Sketch of the medical history of the native army of Bombay, for the year
Year: 1872
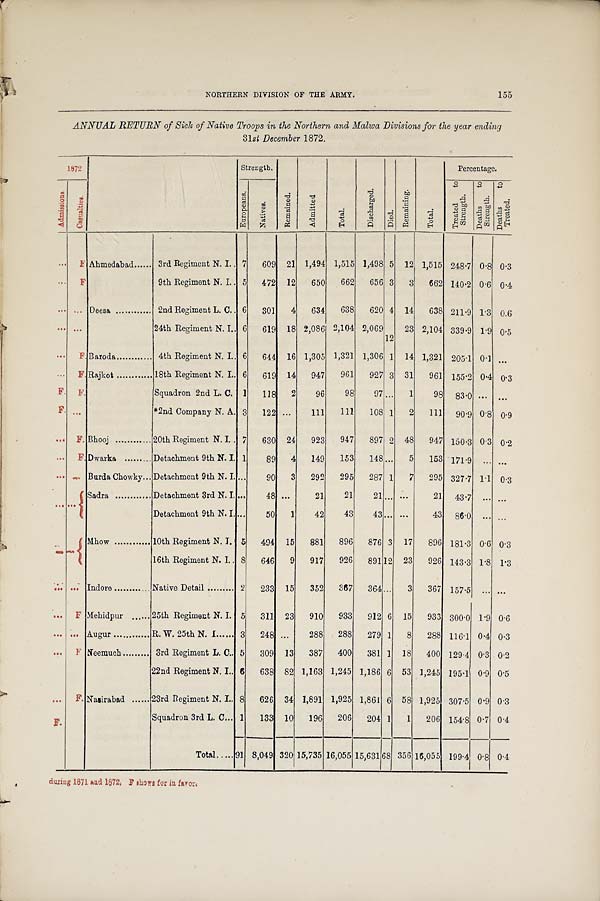
NORTHERN DIVISION OF THE ARMY.
155
ANNUAL RETURN of Sick of Native Troops in the Northern and Malwa Divisions for the year ending
31 st December 1872.
1 8 7 2 .
Strength.
Re ma i n e d .
Ad mi t t e d .
Tot al .
Di s c h a r g e d .
Di e d .
R e ma i n i n g .
T o t a l .
Percentage.
E u r o p e a n s .
Na t i v e s .
T r e a t e d t o S t r e n g t h .
D e a t h s t o S t r e n g t h .
D e a t h s t o T r e a t e d .
A d m i s s i o n s .
Ca s u a l t i e s .
. . .
F . Ahmedabad
3rd Regiment N. I. 7
609 21 1,494 1,515 1,498 5 12 1,515 248.7 0.8 0.3
. . .
F
9th Regiment N. I. 5
472
1 2
650
662
656 3
3
662 140.2 0.6 0.4
. . .
. . . Deesa
2nd Regiment L. C.
6
301
4
634
638
620 4 14
638 211.9 1.3 0.6
. . .
. . .
24th Regiment N. I. 6
619 18 2,086 2,104 2,069
12
23 2,104 339.9 1.9 0.5
. . . F. Baroda
4th Regiment N. I. 6
644 16 1,305 1,321 1,306 1 14 1,321 205.1 0.1 ...
. . .
F . Rajkot
18th Regiment N. I. 6
619 14
947
961
927 3 31
961 155.2 0.4 0.3
F .
F .
Squadron 2nd L. C. 1
118
2
96
98
97 . . . 1
98 83.0
. . .
...
F .
. . .
*2nd Company N. A. 3
122 ...
111
111
108 1
2
111
90.9 0.8 0.9
. . . F.. Bhooj
20th Regiment N. I. 7
630 24
923
947
897 2 48
947 150.3 0.3 0.2
. . .
F . Dwarka
Detachment 9th N. I. 1
89
4
149
153
148 ...
5
153 171.9
. . . ...
. . . . . . Burda Chowky Detachment 9th N. I. . . .
90
3
292
295
287 1
7
295 327.7 1.1 0.3
. . . . . .
Sadra
Detachment 3rd N. I. ...
48 ...
21
21
21 ...
. . .
21 43.7
. . . ...
Detachment 9th N. I. ...
50
1
42
43
43 . . . ...
43 86.0 ... ...
. . . . . . Mhow
10th Regiment N. I. 5
494 15
881
896
876 3 17
896 181.3 0.6 0.3
16th Regiment N. I. 8
646
9
917
926
891 12 23
926 143.3 1.8 1.3
. . .
. . . Indore
Native Detail
2
233 15
352
367
364
. . . 3
367 157.5 ... ...
. . . F Mehidpur
25th Regiment N. I. 5
311 23
910
933
912 6 15
933 300.0 1.9 0.6
. . .
. . . Augur
R. W. 25th N. I
3
248 ...
288
288
279 1
8
288 116.1 0.4 0.3
. . .
. . . Neemuch
3rd Regiment L. C 5
309 13
387
400
381 1 18
400 129.4 0.3 0.2
22nd Regiment N. I
6 638 82 1,163 1,245 1,186 6 53 1,245 195.1 0.9 0.5
. . .
F . Nasirabad
23rd Regiment N. I.. 8
626 34 1,891 1,925 1,861 6 58 1,925 307.5 0.9 0.3
F .
Squadron 3rd L. C. 1
133 10
196
206
204 1
1
206 154.8 0.7 0.4
Total 91 8,049 320 15,735 16,055 15,631 68 356 16,055 199.4 0.8 0.4
during 1871 And 1872. F showe for in favore.